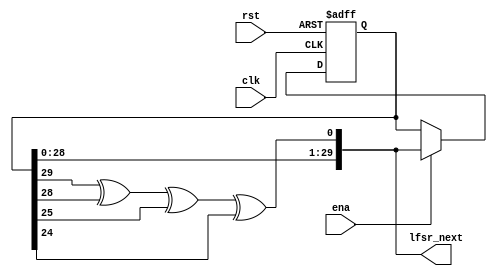
module random_generator(
	input  rst,
	input  clk,
	input  ena,
	output [29:0]lfsr_next	
);
	
	reg  [29:0] lfsr_reg;
	// wire [29:0] lfsr_next; 
	wire 		  feedback;

	// State register
	always@(posedge clk or posedge rst) begin
		if (rst) 
			lfsr_reg <= 30'b1000000000;
		else if (ena)
			lfsr_reg <= lfsr_next;
	end
	// Maximum length feedback polynomial x30+x29+x26+x24+1, 
	assign feedback = lfsr_reg[29] ^ lfsr_reg[28] ^ lfsr_reg[25] ^ lfsr_reg[24];
	assign lfsr_next = {lfsr_reg[28:0], feedback};
						  
	//assign stream = lfsr_reg[29];

endmodule